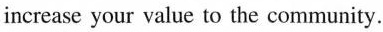
increase your value to the community.